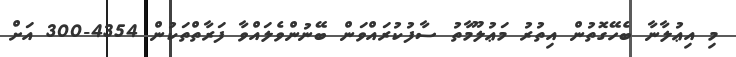
މި އިޢުލާނާ ބެހޭގޮތުން އިތުރު މަޢުލޫމާތު ސާފުކުރައްވަން ބޭނުންވެލައްވާ ފަރާތްތަކުން 4354-300 އަށް